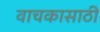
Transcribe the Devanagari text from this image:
वाचकासाठी